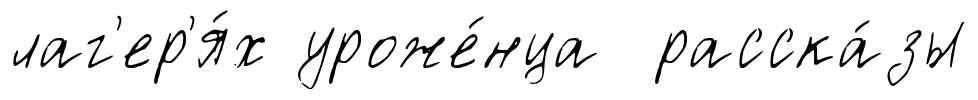
лаг'ер'я́х уроже́нца расска́зы